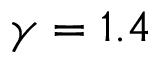
\gamma = 1 . 4